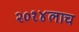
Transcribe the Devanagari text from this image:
२०१४लाच